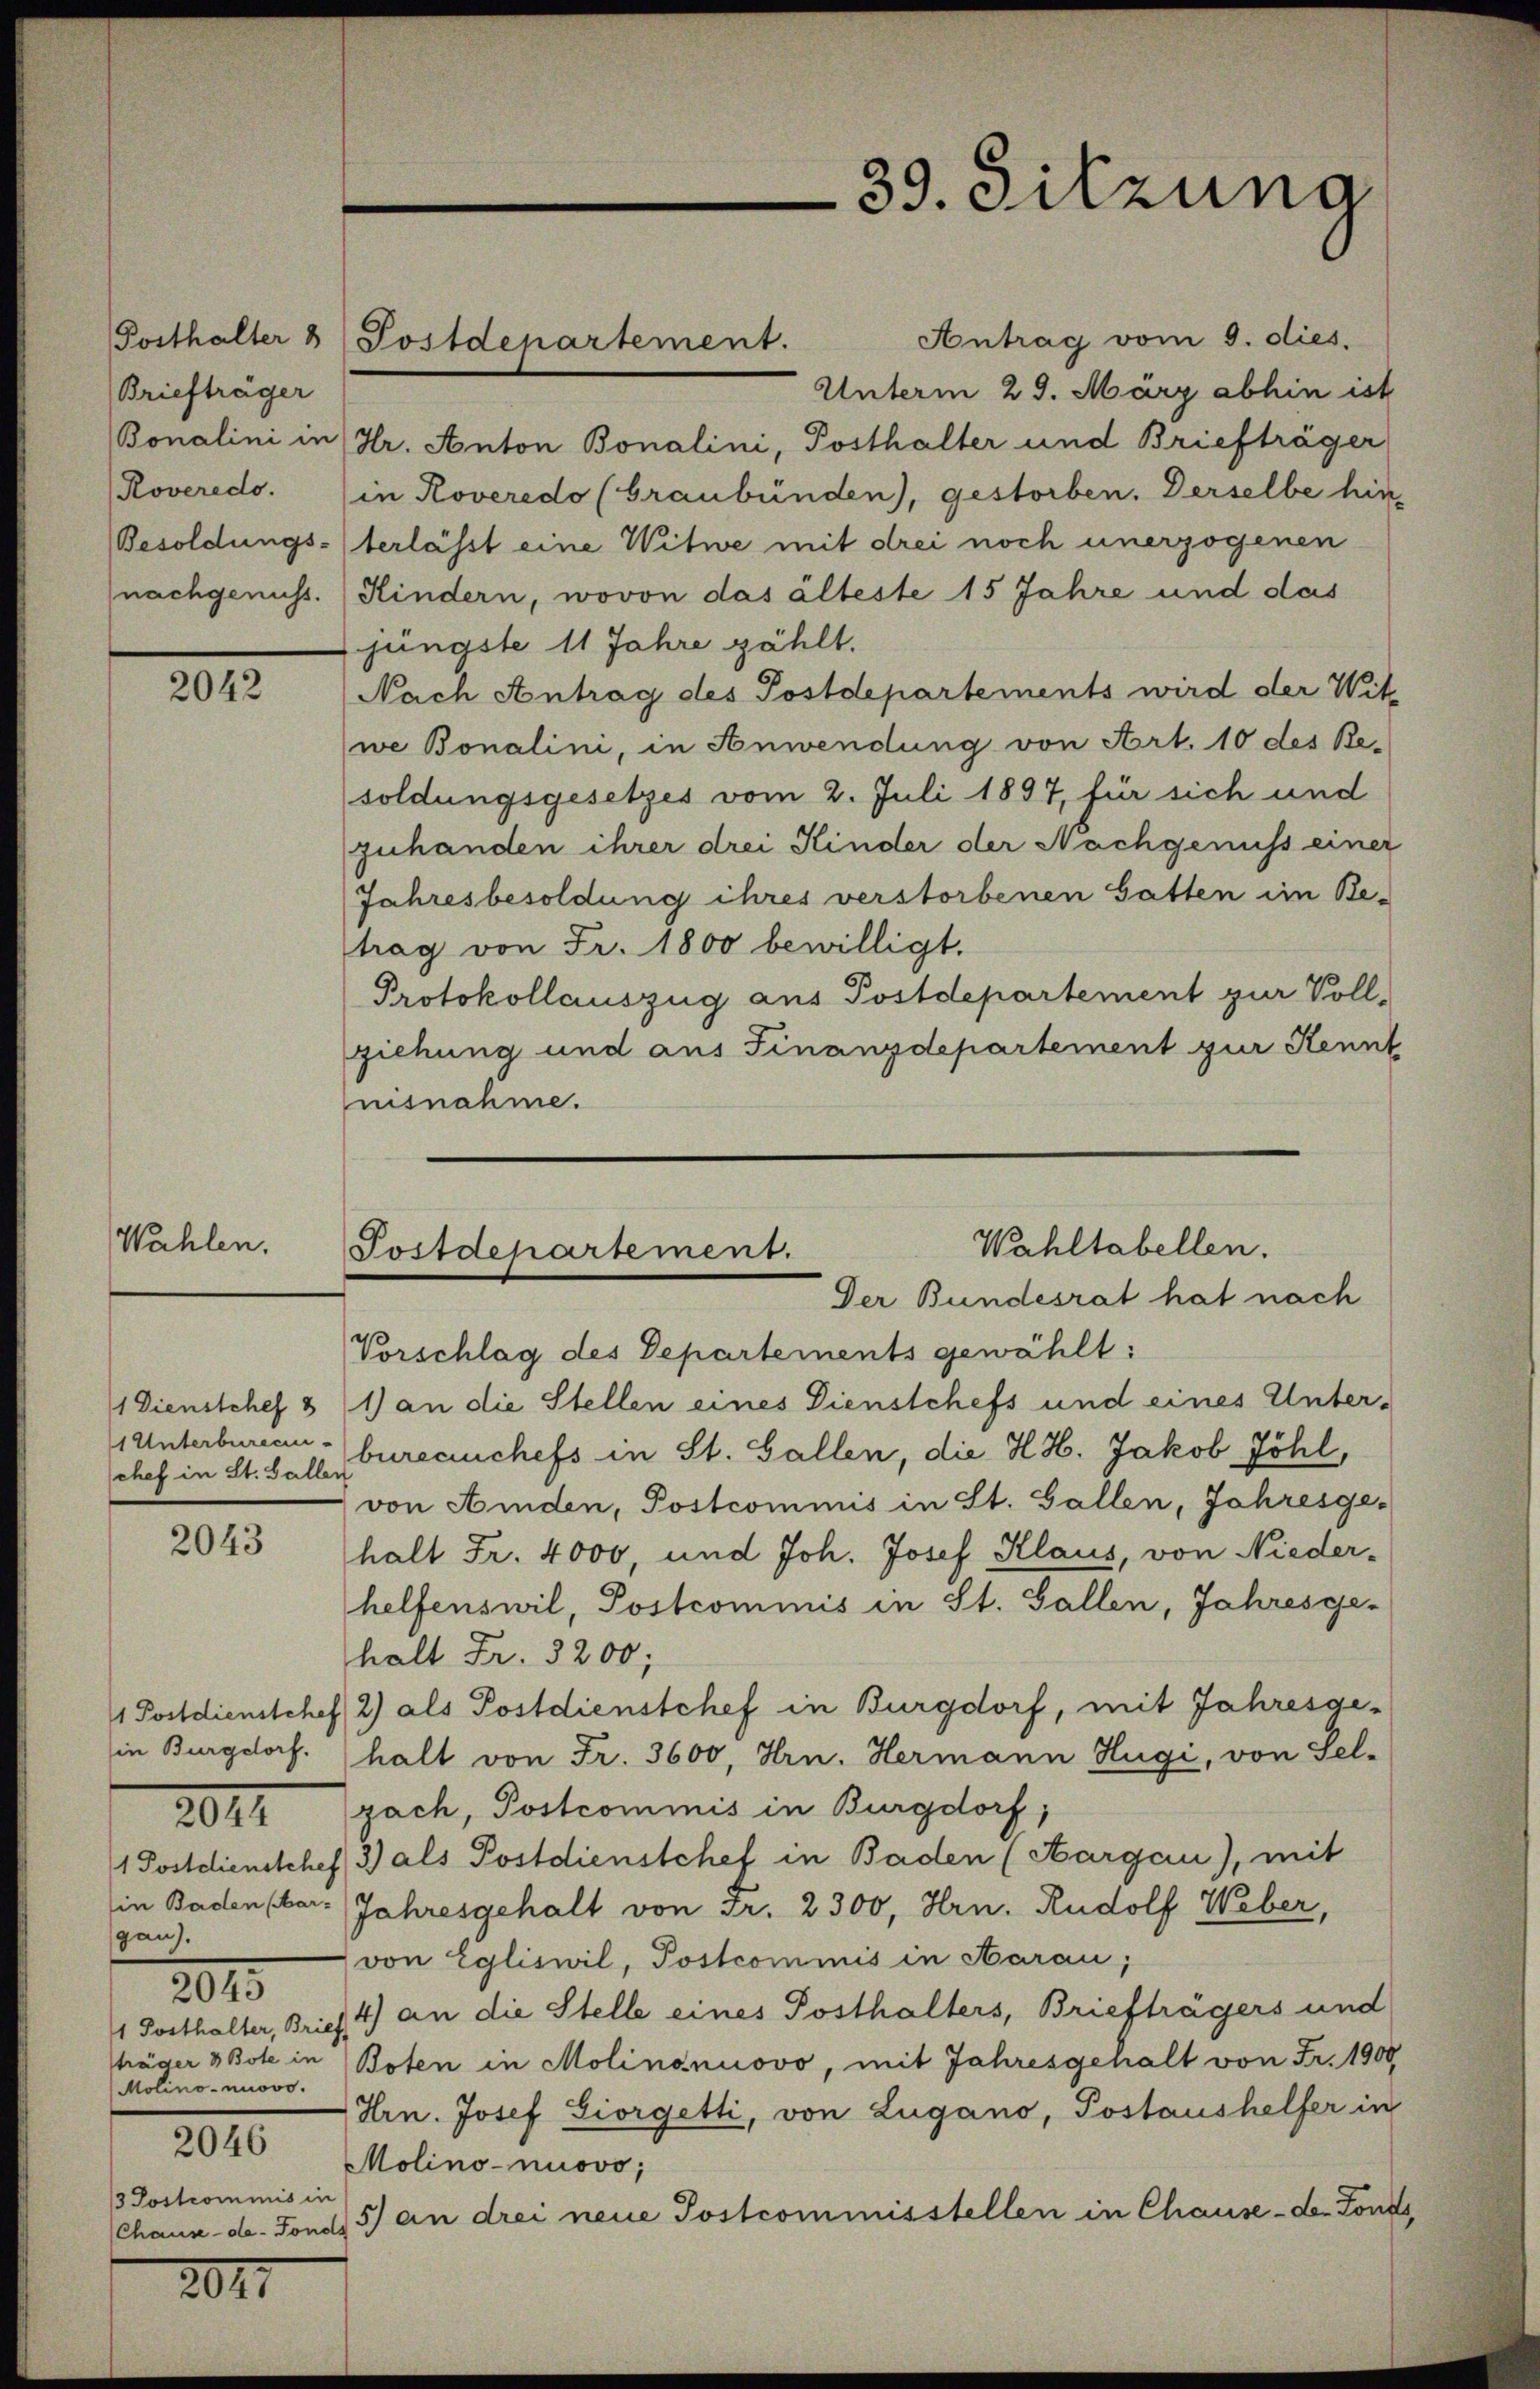
Posthalter 3
Briefträger
Bonalini in
Roveredo.
Besoldungs-
nachgenuss.

2042

Wahlen.

chef in St. Gallen

2043

ganz.
2015
Molino-nuovo.

2041

2046

/3 Postcommis in

207.

Postdepartement.

39. Sitzung

Antrag vom 9. dies.
Unterm 29. März abhin ist
Hr. Anton Bonalini, Posthalter und Briefträger
in Roveredo (Graubünden), gestorben. Derselbe hin
terlässt eine Witwe mit drei noch unerzogenen
Kindern, wovon das älteste 15 Jahre und das
jüngste 11 Jahre zählt.
Nach Antrag des Postdepartements wird der Wit
we Bonalini, in Anwendung von Art. 10 des Be-
soldungsgesetzes vom 2. Juli 1897, für sich und
zuhanden ihrer drei Kinder der Nachgenuss einer
Jahresbesoldung ihres verstorbenen Gatten im Be-
trag von Fr. 1800 bewilligt.
Protokollauszug aus Postdepartement zur Voll-
ziehung und aus Finanzdepartement zur Kennt
nisnahme.

Wahltabellen.
Postdepartement.
Der Bundesrat hat nach

Vorschlag des Departements gewählt:
1 Dienstchef 3 1) an die Stellen eines Dienstchefs und eines Unter-
1 Unterbureau bureauchefs in St. Gallen, die H. H. Jakob Jöhl,
von Amden, Postcommis in St. Gallen, Jahresge-
halt Fr. 4000, und Joh. Josef Klaus, von Nieder
helfenswil, Postcommis in St. Gallen, Jahresgehalt Fr. 3200;
1 Postdienstchef 2) als Postdienstchef in Burgdorf, mit Jahresgein Burgdorf. (halt von Fr. 3600, Hrn. Hermann Hugi, von Sel-
zach, Postcommis in Burgdorf,
1 Postdienstchef 3) als Postdienstchef in Baden (Kargau), mit
Ein Badensbar. Jahresgehalt von Fr. 2300, Hrn. Rudolf Weber,
von Egliswil, Postcommis in Aarau,
1 Posthalter, Brief 4) an die Stelle eines Posthalters, Briefträgers und
häger 3 Bote in Boten in Molinanuovo, mit Jahresgehalt von Fr. 1900
Hrn. Josef Giorgetti, von Zugano, Postaushelfer in
Molino-nuovo;
Chaux-de-Fond 5 an drei neue Postcommisstellen in Chause - der Fonds